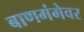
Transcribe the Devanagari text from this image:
बाणगंगेवर